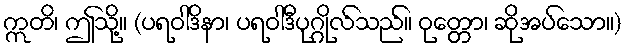
ဣတိ၊ ဤသို့။ (ပရဝါဒိနာ၊ ပရဝါဒီပုဂ္ဂိုလ်သည်။ ဝုတ္တော၊ ဆိုအပ်သော။)